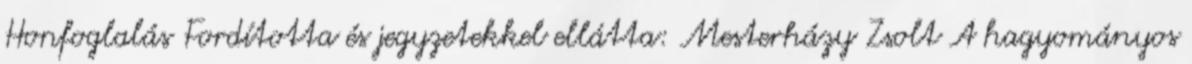
Honfoglalás Fordította és jegyzetekkel ellátta: Mesterházy Zsolt A hagyományos